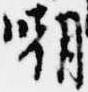
嘲